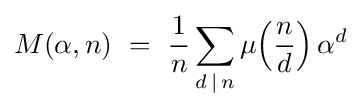
M(\alpha ,n)\ =\ {1 \over n}\sum _{d\,|\,n}\mu \!\left({n \over d}\right)\alpha ^{d}